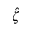
\hat { \zeta }